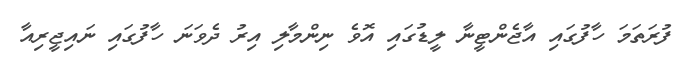
ފުރަތަމަ ހާފުގައި އާޖެންޓީނާ ލީޑުގައި އޮވެ ނިންމާލި އިރު ދެވަނަ ހާފުގައި ނައިޖީރިއާ